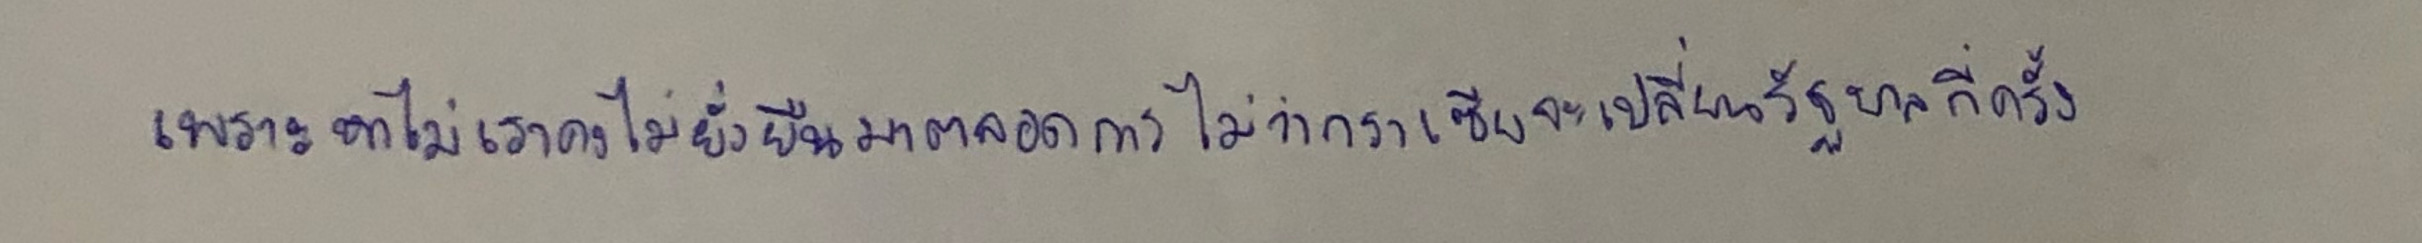
เพราะหาไม่เราคงไม่ยั่งยืนมาตลอดกาลไม่ว่ากราเซียจะเปลี่ยนรัฐบาลกี่ครั้ง